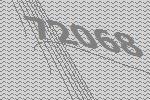
72068